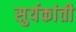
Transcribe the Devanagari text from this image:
सुर्यकांती